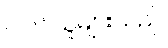
ပါဝင်သူများသည်